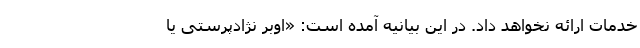
خدمات ارائه نخواهد داد. در این بیانیه آمده است: «اوبر نژادپرستی یا